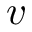
v